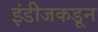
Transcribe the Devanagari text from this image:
इंडीजकडून